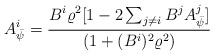
\begin{align*}A^{i}_{\bar\psi} = \frac{B^i \varrho^2 [1 - 2 \sum_{j \neq i}B^{j}A^{j}_{\bar\psi}]} {(1 + (B^i)^2 \varrho^2)}\end{align*}